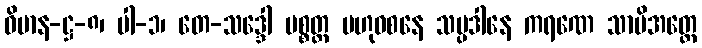
ဝိမာန-ဋ္ဌ-၈၊ ပါ-၁၊ တေ-သဒ္ဒေါ ပစ္စတ္တ ဗဟုဝစနေ သမ္ပဒါနေ ကရဏေ သာမိအတ္ထေ